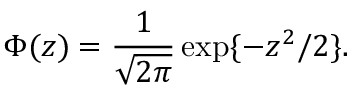
\Phi ( z ) = \frac { 1 } { \sqrt { 2 \pi } } \exp \{ - z ^ { 2 } / 2 \} .